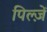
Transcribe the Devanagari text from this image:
पिल्ज़ें